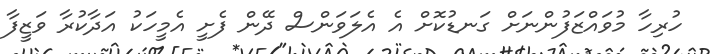
ހުރިހާ މުވައްޒަފުންނަށް ގަނޑުކޮށް އެ އެލަވަންސް ދޭން ފެށީ އެމީހަކު އަދާކުރާ ވަޒީފާ